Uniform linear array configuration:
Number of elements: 64
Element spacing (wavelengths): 0.25
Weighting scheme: hamming
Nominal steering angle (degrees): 30
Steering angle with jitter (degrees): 28.997
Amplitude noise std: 0.05
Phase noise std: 0.05

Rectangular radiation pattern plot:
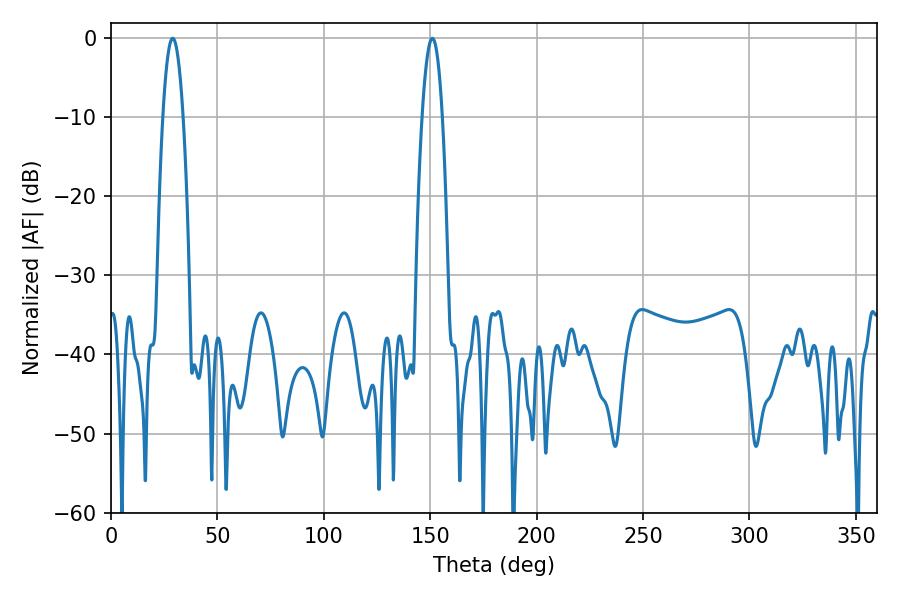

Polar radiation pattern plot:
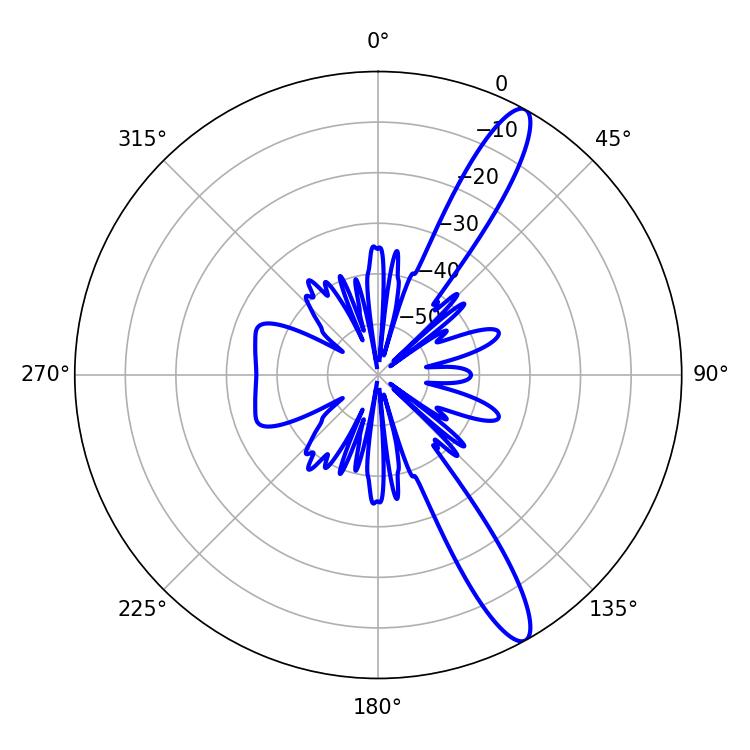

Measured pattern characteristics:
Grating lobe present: FALSE
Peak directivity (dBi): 13.193
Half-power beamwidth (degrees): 5.22
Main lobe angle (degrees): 28.98